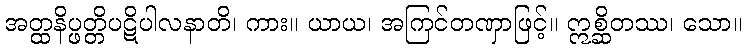
အတ္ထနိပ္ဖတ္တိပဋိပါလနာတိ၊ ကား။ ယာယ၊ အကြင်တဏှာဖြင့်။ ဣစ္ဆိတဿ၊ သော။